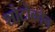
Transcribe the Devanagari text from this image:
शोटोकोन